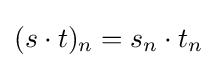
(s\cdot t)_{n}=s_{n}\cdot t_{n}